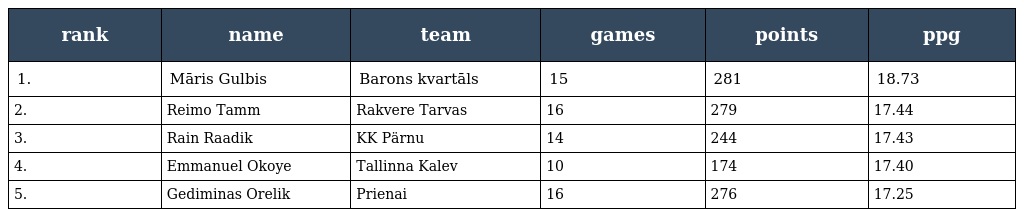
| rank | name | team | games | points | ppg |
 | --- | --- | --- | --- | --- | --- |
 | 1. | Māris Gulbis | Barons kvartāls | 15 | 281 | 18.73 |
 | 2. | Reimo Tamm | Rakvere Tarvas | 16 | 279 | 17.44 |
 | 3. | Rain Raadik | KK Pärnu | 14 | 244 | 17.43 |
 | 4. | Emmanuel Okoye | Tallinna Kalev | 10 | 174 | 17.40 |
 | 5. | Gediminas Orelik | Prienai | 16 | 276 | 17.25 |